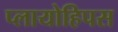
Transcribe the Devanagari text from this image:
प्लायोहिपस